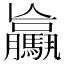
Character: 𩦻